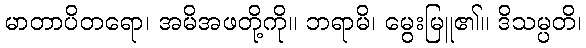
မာတာပိတရော၊ အမိအဖတို့ကို။ ဘရာမိ၊ မွေးမြူ၏။ ဒိသမ္ပတိ၊